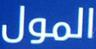
المول